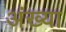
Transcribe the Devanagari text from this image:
अंख्या